Report on horse surra - Volume I
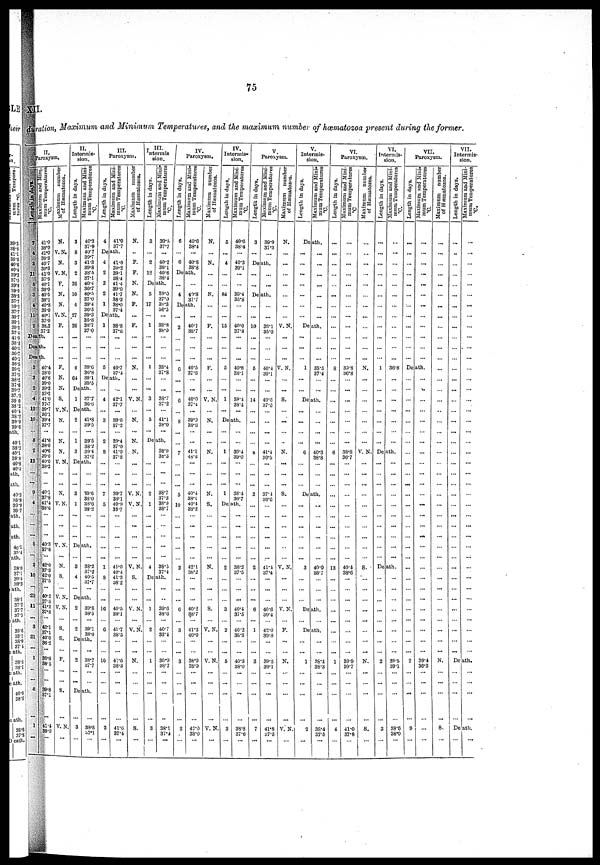
75
XII.
duration, Maximum and Minimum Temperatures, and the maximum number of hæmatozoa present during the former.
II.
paroxysm.
Length in days.
7
4
3
11
5
3
4
11
2
Maximum and Mini-
mum
Temperatures
ºC.
41.0
38.0
41.0
39.3
40.7
30.3
41.0
37.5
40.1
39.0
40.5
38.1
40.8
39.0
40.1
37.0
38.2
37.2
Death.
Death.
Death.
3
3
21
4
13
10
8. 1
21
13
...
9
4
...
...
...
5
...
2
10
...
11
...
3
21
...
1
...
...
8
...
1
...
40.4
38.0
40.6
39.0
39.3
37.2
41.0
37.7
39.7
36.1
39.4
37.7
41.6
38.0 40.6
39.0
40.0
38.2
...
40.1
37.8
41.4
...
...
... 40.3
37.8
42.0
37.3
42.0
37.5
40.2
41.2
37.8
...
37.1
40.0
36.2
... 38.8
38.5
...
...
39.8
37.1
...
41.4
39.0
...
Maximum number
of Hæmatozoa.
N.
V.N.
N.
V.N.
F.
N.
N.
V.N.
F.
...
...
...
F.
N.
N.
S.
V.N.
N.
N.
N.
V.N.
N.
V. N.
...
...
...
V.N.
N.
S.
V.N.
V.N.
...
S.
S.
...
F.
...
...
S.
...
V.N.
...
II.
Intermis-
sion.
Length in days.
3
8
3
2
26
10
4
27
20
...
...
...
4
01
Maximum and Mini-
mum Temperatures
ºC.
40.3
37.9
40.7
39.7
41.3
39.8 38.5
37.1
40.4
36.7
40.5
37.0
39.4
36.5
39.3
35.8
38.7
37 0
...
...
...
39.0
36.8
39.1
35.5
Death.
1 37.7
Death.
2
1
3
41.8
39.5
39.5
38.2
39.4
37.2
Death.
...
3
1
...
...
39.6
38.0
38.6
38.2
Death.
3
4
38.2
37.2
40.5
37.7
Death.
2
...
2
39.8
38.5
...
39.1
38.0
Death.
...
2
...
...
...
38.7
37.7
...
...
Death.
...
3
...
...
38.8
37.1
...
III.
Paroxysm.
Length in days.
4
De
4
2
2
2
1
Maximum and Mini-
mum Temperatures
41.0
37.7
ath
41.0
39.2 39.1
38.4
41.4
39.0
41.7
38.2
38.0
37.4
Death.
1
...
...
...
6
38.8
37.6
...
...
...
40.7
37.4
Death.
...
4
...
3
2
8
...
...
7
5
...
...
1
8
...
16
...
6
...
10
...
...
...
...
2
...
42.1
37.7
...
30.6
37.2
39.4
37.0
41.0
37.8
...
39.7
38.1
40.9
38.7
...
41.0
40.4.
41.3
38.2
40.5
38.1
...
41.7
38.5 ...
...
41.6
38.3
...
...
...
...
41.6
37.4
...
Maximum number
of Hæmatozos.
N.
...
F.
F.
N.
N.
F.
...
F.
...
...
...
N.
...
...
V.N.
N.
N.
. N,
...
...
V.N.
V.N.
...
...
...
V.N.
S.
...
V.N.
...
V.N.
...
...
N.
...
...
...
...
S.
...
III.
Intermis
sion.
Length in days.
3
...
2
12
Death
5
17
...
1
...
...
...
1
...
3
...
5
M
aximum and Mini-
mum Temperatures
ºC.
39.5
37.7
...
40.2
39.1 40.6
38.4
Death.
39.0
37.0
39.3
36.5
...
38.3
36.0
...
...
...
38.4
37.8
...
...
38.7
37.2
...
41.1
38.0
Death.
...
2
1
...
...
4
Death
1
...
2
...
...
1
...
...
...
...
3
...
38.9
38.3
...
...
38.7
37.3
38.9
38.7
-
...
38.5
37.4
Death.
..
39.6
38.6
...
40.7
33.4 ...
39.9
38.7
...
...
...
...
38.1
37.4
...
IV.
Paroxysm.
Length in days.
6
...
6
Maximum and Mini-
mum Temperatures
ºC.
40.6
38.4
...
40.8
38.8
Death.
...
4
...
40.8
37.7
Death.
...
2
...
6
...
...
6
...
8
7
...
5
10
...
2
...
...
...
...
6
...
...
3
...
...
3
...
...
...
...
2
...
...
40.1
38.7
...
...
...
40.5
37.6
...
...
40.0
37.4
...
39.9
38.8
...
41.1
48.6
...
...
40.4
38.1
40*4
38.2
...
...
42.1
38.2
...
...
...
40.2
38.7
...
41.3
40.0
...
38.9
38.7
...
...
...
...
42.0
38.0
...
Maximum number
of Hæmatozoa.
N.
...
N.
...
...
N.
...
...
F.
...
...
... .
F.
...
...
V.N.
...
N.
...
N.
...
...
N.
S.
...
...
N.
...
...
...
...
S.
...
...
V.N.
...
V.N.
...
...
...
...
V.N
...
IV.
Intermis-
sion.
Length in days.
6
...
4
...
...
84
...
...
15
...
...
5
...
1
...
Maximum and Mini-
mum Temperatures
ºC.
40.6
38.4
...
40.3
39.1
...
...
39.4
35.8
...
...
40.0
37.8
...
...
...
40.8
38.1
38.4
38.4
...
Death.
...
1
...
...
1
39.4
39.0
...
...
38.4
36.7
Death.
...
...
...
2
...
...
...
...
3
...
...
2
...
...
5
...
...
...
...
3
...
...
...
...
38.2
37.5
...
...
...
40.4
37.5
...
40.2
38.8 ...
...
40.3
38.0
...
...
...
...
38.8
37.6
...
V.
Paroxysm.
Length in days.
3
... De
...
...
Maximum
and Mini-
mum Temperatures
ºC
39.9
37.3
... ath.
...
...
Death.
...
...
10
...
...
...
5
...
...
14
...
...
8
...
2
...
...
...
2
...
6
...
1
...
...
3
...
...
...
...
7
...
...
...
39.1
35.0
...
...
40.4
39.1
40.3
37.3
...
...
41.4
39.6
...
37.4
36.6
...
...
...
41.4
37.4
40.6
39.4
...
42.0
39.8
...
...
39.5
39.1
...
...
...
...
41.8
37.5
..
Maximum number
of Hæmatozna.
N.
...
...
...
...
...
...
...
V.N.
...
...
...
V.N.
...
...
S.
...
...
N.
...
...
s.
...
...
...
V.N.
...
V. N.
...
F.
...
...
N.
...
...
...
...
V. N.
...
V.
Intermis-
sion.
Length in days.
Maximum and Mini-
mum Temperatures
ºC.
Death.
...
...
...
...
...
...
...
...
...
...
...
...
...
...
Death.
...
...
...
1
...
...
...
...
...
38.5
37.4
...
Death.
...
...
...
6
...
...
40.3
38.8
Death.
...
...
...
3
...
...
40-0
38.7
...
Death.
Death.
... ...
Death.
...
...
1
...
...
...
...
2
...
...
38.4
38.3
...
...
...
...
38.4
37.5
VI.
Paroxysm.
Length in days.
...
...
...
...
...
...
...
...
...
...
8
...
...
...
...
...
6
...
...
...
13
...
...
...
1
...
...
...
...
4
Maximum and Mini-
mum Temperatures
ºC.
...
...
...
...
...
...
...
...
...
...
...
39.8
36.8
...
...
...
...
...
38.8
36.7
...
...
...
...
40'4
38.6
...
...
...
...
...
39.9
39.7
...
...
...
...
41.0
Maximum number
of Hæmatozea.
...
...
...
...
...
...
...
...
...
N.
...
...
...
V.N.
...
...
...
...
...
...
s.
"...
...
...
...
...
...
N.
...
...
...
S.
37.8
...
VI.
Intermis-
sion.
Length in days.
...
...
...
...
...
...
...
...
...
...
1
...
...
...
...
...
Maximum and Mini-
mum Temperatures
ºC.
...
...
...
...
...
...
...
...
...
...
...
36.8
...
...
...
...
...
...
Death.
...
...
...
...
...
...
...
...
...
Death.
...
...
...
...
...
...
2
...
...
...
...
3
...
...
...
...
39.5
39.1
...
...
...
...
38.6
38.0
VII.
Paroxysm.
Length in days.
...
...
...
...
...
...
...
...
...
...
...
Maximum and Mini-
mum Temperatures
ºC.
...
...
...
...
...
...
...
...
...
...
...
Death.
...
...
...
...
...
...
...
...
...
...
2
...
...
...
...
9
...
...
...
...
...
...
...
...
...
...
...
...
...
...
...
...
...
...
...
...
...
39.4
36.4
...
...
...
...
...
Maximum number
of Hæmatozoa.
...
...
...
...
...
..
...
...
...
...
...
...
...
...
...
...
...
...
...
...
...
...
...
...
...
N.
...
...
...
...
S.
VII.
Intermis-
sion.
Length in days.
...
...
...
...
...
...
...
...
...
...
...
...
...
...
...
...
...
...
...
...
...
...
...
...
...
...
...
...
...
...
...
...
...
...
...
...
...
..
...
...
Maximum and Mini-
mum Temperatures
ºC.
...
...
...
...
...
...
...
...
...
...
...
...
...
...
...
...
...
...
...
...
...
...
...
...
...
...
...
....
...
...
...
...
Death.
...
...
...
...
...
...
...
Death.
... ...